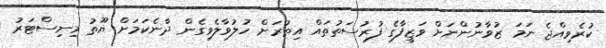
ކުރެވިއްޖެ ނަމަ ޒުވާނުންނަށް ވަޒީފާގެ ފުރުސަތުތައް އިތުރަށް ހުލުވާލެވިގެން ދާނެކަމަށް ޔޫތު މިނިސްޓަރު